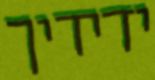
ידידיך